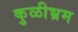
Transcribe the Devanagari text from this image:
कुळीभ्रम